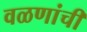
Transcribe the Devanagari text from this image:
वळणांची